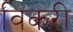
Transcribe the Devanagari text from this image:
विकरी